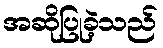
အဆိုပြုခဲ့သည်